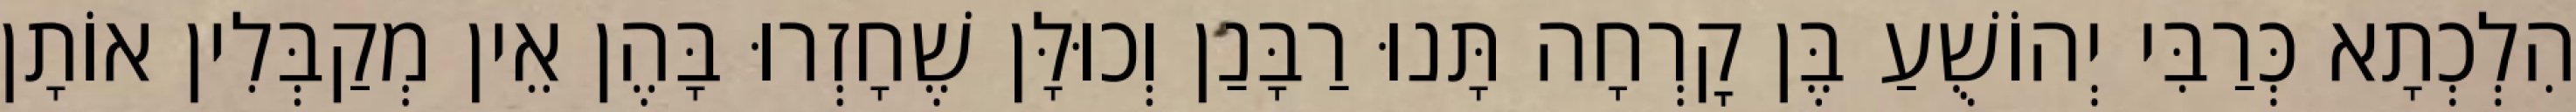
הִלְכְתָא כְּרַבִּי יְהוֹשֻׁעַ בֶּן קׇרְחָה תָּנוּ רַבָּנַן וְכוּלָּן שֶׁחָזְרוּ בָּהֶן אֵין מְקַבְּלִין אוֹתָן